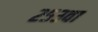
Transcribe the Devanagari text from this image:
२५३वा